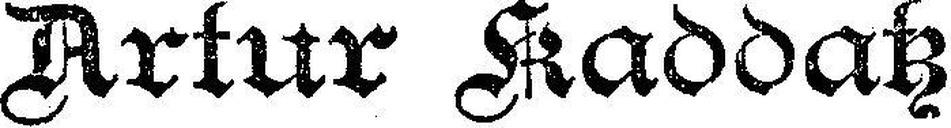
Artur Kaddatz